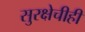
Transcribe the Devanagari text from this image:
सुरक्षेचीही